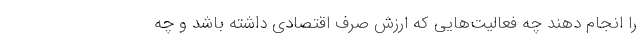
را انجام دهند چه فعالیت‌هایی که ارزش صرف اقتصادی داشته باشد و چه